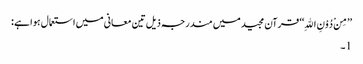
’’مِنْ دُوْنِ اللهِ‘‘ قرآن مجید میں مندرجہ ذیل تین معانی میں استعمال ہوا ہے :
1۔